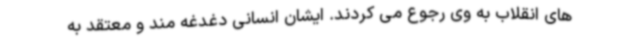
های انقلاب به وی رجوع می کردند. ایشان انسانی دغدغه مند و معتقد به